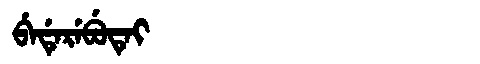
Manchu: ᠪᡝᡩᡝᡵᡝᠪᡠᡨᡝᡳ
Romanization: BEDEREBUTEI